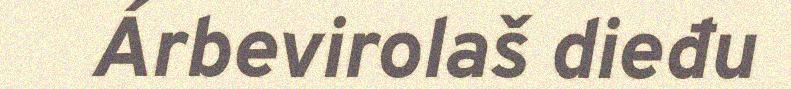
Árbevirolaš dieđu